Annual administration report of the Civil Veterinary Department of India - 1896-1897
Year: 1896
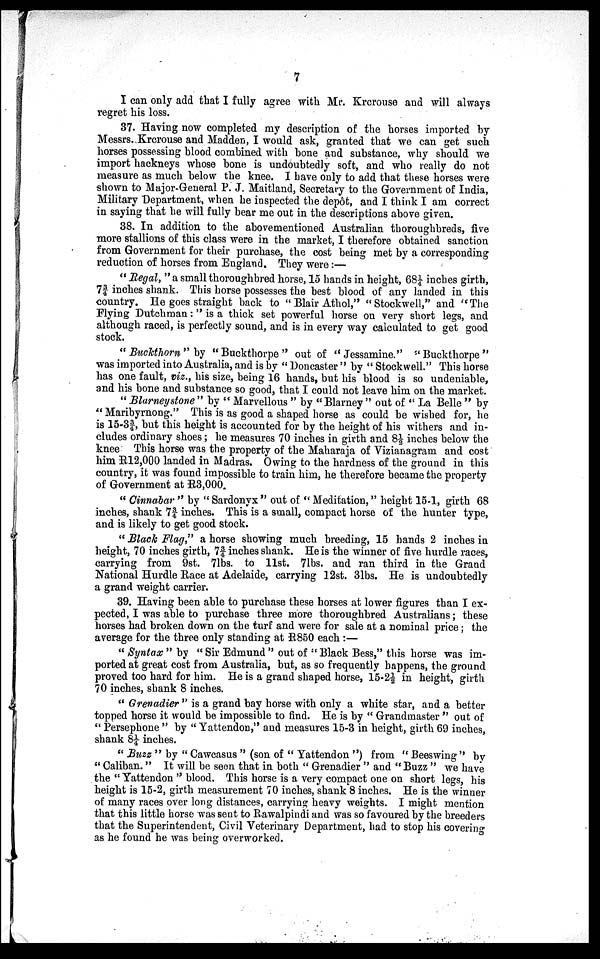
7
I can only add that I fully agree with Mr. Krcrouse and will always
regret his loss.
37. Having now completed my description of the horses imported by
Messrs. Krcrouse and Madden, I would ask, granted that we can get such
horses possessing blood combined with bone and substance, why should we
import hackneys whose bone is undoubtedly soft, and who really do not
measure as much below the knee. I have only to add that these horses were
shown to Major-General P. J. Maitland, Secretary to the Government of India,
Military Department, when he inspected the depôt, and I think I am correct
in saying that he will fully bear me out in the descriptions above given.
38. In addition to the abovementioned Australian thoroughbreds, five
more stallions of this class were in the market, I therefore obtained sanction
from Government for their purchase, the cost being met by a corresponding
reduction of horses from England. They were:—
"Regal," a small thoroughbred horse, 15 hands in height, 68¼ inches girth,
7¾ inches shank. This horse possesses the best blood of any landed in this
country. He goes straight back to "Blair Athol," "Stockwell," and "The
Flying Dutchman:" is a thick set powerful horse on very short legs, and
although raced, is perfectly sound, and is in every way calculated to get good
stock.
"Buckthorn" by "Buckthorpe" out of "Jessamine." "Buckthorpe"
was imported into Australia, and is by "Doncaster" by "Stockwell." This horse
has one fault, viz., his size, being 16 hands, but his blood is so undeniable,
and his bone and substance so good, that I could not leave him on the market.
"Blarneystone" by "Marvellous" by "Blarney" out of "La Belle" by
"Maribyrnong." This is as good a shaped horse as could be wished for, he
is 15-3¾, but this height is accounted for by the height of his withers and in-
cludes ordinary shoes; he measures 70 inches in girth and 8½ inches below the
knee This horse was the property of the Maharaja of Vizianagram and cost
him R12,000 landed in Madras. Owing to the hardness of the ground in this
country, it was found impossible to train him, he therefore became the property
of Government at R3,000.
"Cinnabar" "by "Sardonyx" out of "Meditation," height 15-1, girth 68
inches, shank 7¾ inches. This is a small, compact horse of the hunter type,
and is likely to get good stock.
"Black Flag," a horse showing much breeding, 15 hands 2 inches in
height, 70 inches girth, 7¾ inches shank. He is the winner of five hurdle races,
carrying from 9st. 71bs. to 11st. 7lbs. and ran third in the Grand
National Hurdle Race at Adelaide, carrying 12st. 31bs. He is undoubtedly
a grand weight carrier.
39. Having been able to purchase these horses at lower figures than I ex-
pected, I was able to purchase three more thoroughbred Australians; these
horses had broken down on the turf and were for sale at a nominal price; the
average for the three only standing at R850 each:—
"Syntax" by "Sir Edmund" out of "Black Bess," this horse was im-
ported at great cost from Australia, but, as so frequently happens, the ground
proved too hard for him. He is a grand shaped horse, 15-2½ in height, girth
70 inches, shank 8 inches.
"Grenadier" is a grand bay horse with only a white star, and a better
topped horse it would be impossible to find. He is by "Grandmaster" out of
"Persephone" by "Yattendon," and measures 15-3 in height, girth 69 inches,
shank 8¼ inches.
"Buzz" by "Cawcasus" (son of "Yattendon") from "Beeswing" by
"Caliban." It will be seen that in both "Grenadier" and "Buzz" we have
the "Yattendon" blood. This horse is a very compact one on short legs, his
height is 15-2, girth measurement 70 inches, shank 8 inches. He is the winner
of many races over long distances, carrying heavy weights. I might mention
that this little horse was sent to Rawalpindi and was so favoured by the breeders
that the Superintendent, Civil Veterinary Department, had to stop his covering
as he found he was being overworked.